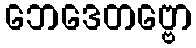
ဘေဒေတဗ္ဗော